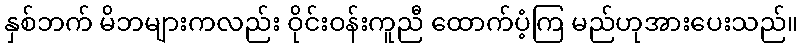
နှစ်ဘက် မိဘများကလည်း ဝိုင်းဝန်းကူညီ ထောက်ပံ့ကြ မည်ဟုအားပေးသည်။